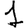
Digit: 1